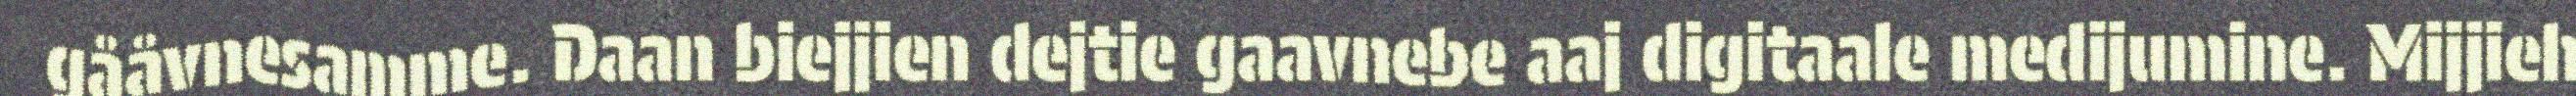
gååvnesamme. Daan biejjien dejtie gaavnebe aaj digitaale medijumine. Mijjieh